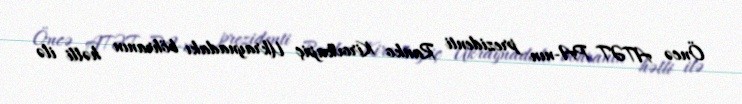
Öncə ATƏT PA-nın prezidenti Ranko Kirovkapiç Ukraynadakı böhranın həlli ilə